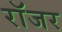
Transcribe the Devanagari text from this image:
राॅजर